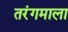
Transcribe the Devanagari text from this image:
तरंगमाला